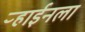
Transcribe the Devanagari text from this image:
ऱ्हाईनला